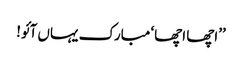
’’اچھا اچھا‘ مبارک یہاں آئو!